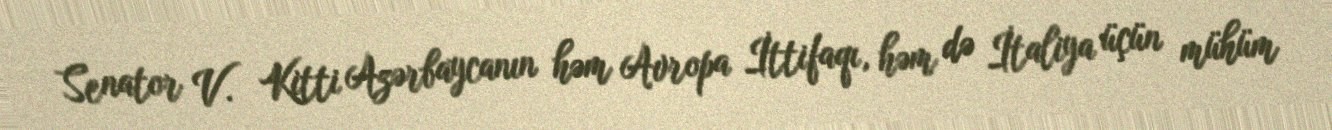
Senator V. Kitti Azərbaycanın həm Avropa İttifaqı, həm də İtaliya üçün mühüm